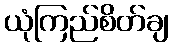
ယုံကြည်စိတ်ချ